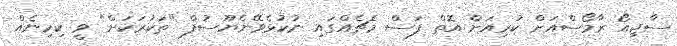
ސާޖިއޯ ރާމޯސްއަށް ކުރިއަށް އޮތް ފަސް މެޗެއްގައި ނުކުޅެވޭނެޔޫސުފް "ތަކުރަކަށް" ވީ ކިހިނެއް